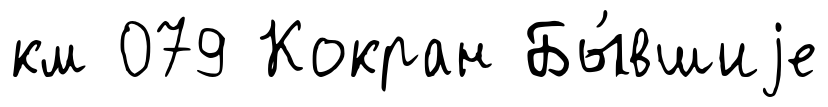
км 079 Кокран Бы́вшиjе